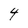
Character: 4